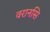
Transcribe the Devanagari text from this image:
वरानसि